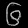
Digit: ၆